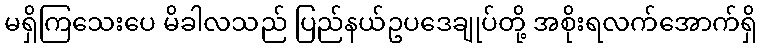
မရှိကြသေးပေ မိခါလသည် ပြည်နယ်ဥပဒေချုပ်တို့ အစိုးရလက်အောက်ရှိ